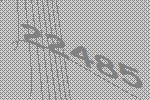
22485